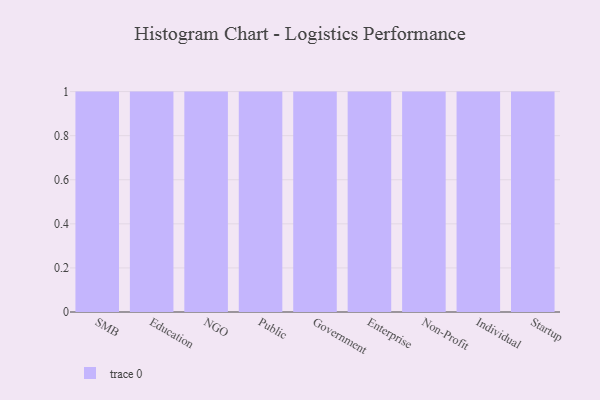
{"axis": {"x": "Segment", "y": "Market Share (%)"}, "legend": [""], "data": [{"x": "SMB", "y": 96, "type": ""}, {"x": "Education", "y": 99, "type": ""}, {"x": "NGO", "y": 88, "type": ""}, {"x": "Public", "y": 82, "type": ""}, {"x": "Government", "y": 68, "type": ""}, {"x": "Enterprise", "y": 36, "type": ""}, {"x": "Non-Profit", "y": 48, "type": ""}, {"x": "Individual", "y": 90, "type": ""}, {"x": "Startup", "y": 80, "type": ""}]}